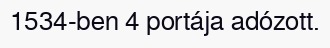
1534-ben 4 portája adózott.